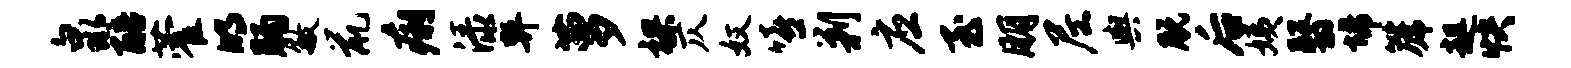
泉醅藿明肠敏鼠痢渌弊萝裸仄奴嘻剿应至朋尼舆脱后姨翳埽篪趄快